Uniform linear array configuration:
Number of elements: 16
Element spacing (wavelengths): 0.75
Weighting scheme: binomial
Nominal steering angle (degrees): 15
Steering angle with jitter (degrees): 16.347
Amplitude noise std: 0.05
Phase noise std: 0.05

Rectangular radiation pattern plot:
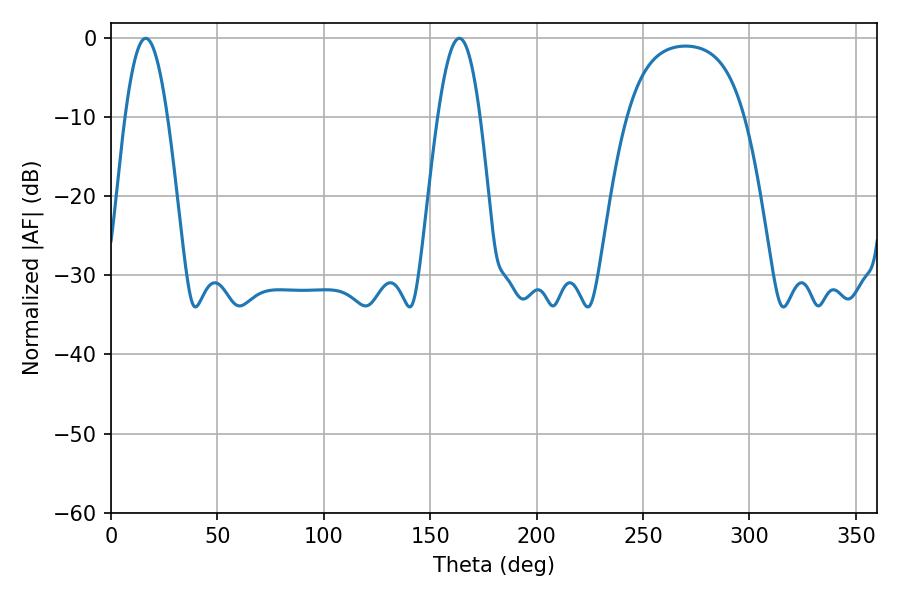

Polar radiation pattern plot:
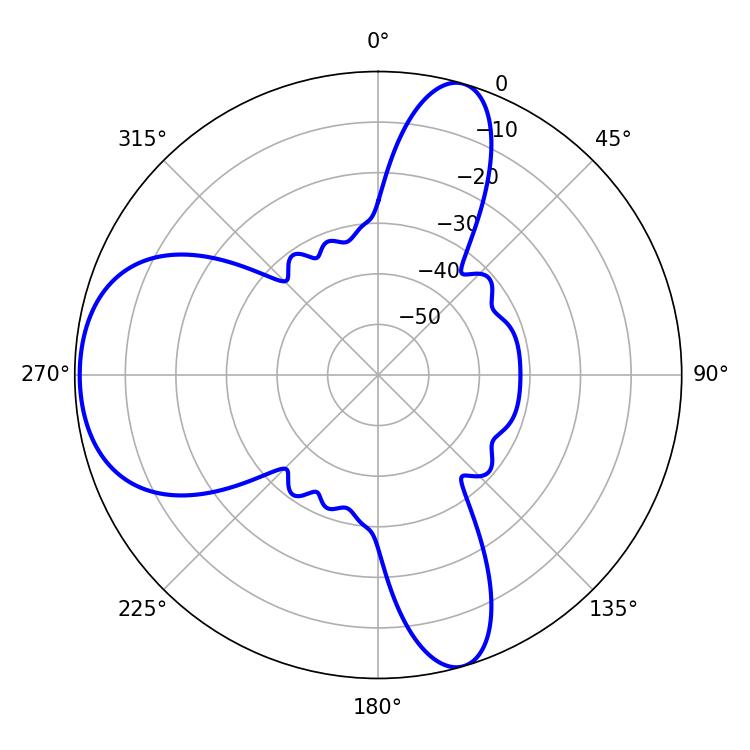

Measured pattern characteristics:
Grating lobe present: TRUE
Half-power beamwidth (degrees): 10.8
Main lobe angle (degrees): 16.38